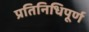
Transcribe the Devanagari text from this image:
प्रतिनिधिपूर्ण